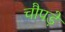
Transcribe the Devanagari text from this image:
चौपड़ें